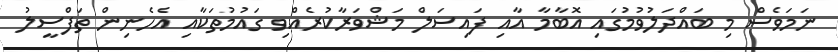
ނަމަވެސް މި ބައްދަލުވުމުގައި އޮބާމާ އާއި ފައިސަލް މަޝްވަރާކުރެއްވި ގައުމުތަކާއި އެހެނިން ތަފްސީލު